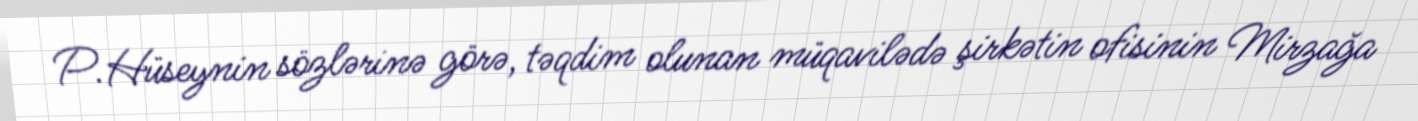
P.Hüseynin sözlərinə görə, təqdim olunan müqavilədə şirkətin ofisinin Mirzağa